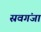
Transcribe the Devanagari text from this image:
स्रवगंजा